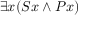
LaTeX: \exists x ( S x \land P x )